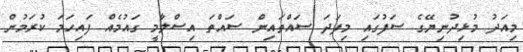
މިއަދު މުޅިދުނިޔޭގެ ސަފުގައި މިފަދަ ސައްތައިން ސައްތަ އިސްލާމީ ގައުމެއް ފައިހަމަ ކުރަމުން